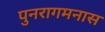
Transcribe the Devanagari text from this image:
पुनरागमनास